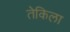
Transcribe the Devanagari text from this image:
तेकिला